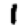
Digit: 1